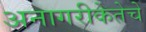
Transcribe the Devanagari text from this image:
अनागरीकेतेचे